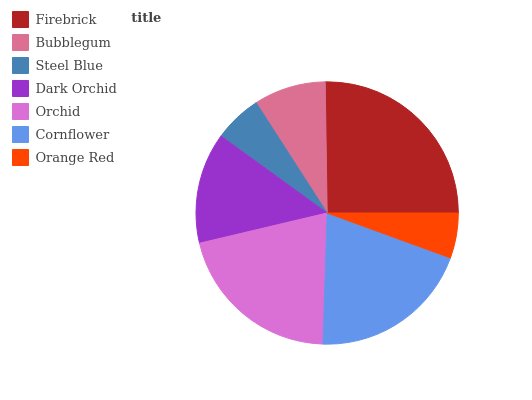
| Firebrick | Bubblegum | Steel Blue | Dark Orchid | Orchid | Cornflower | Orange Red |
 | --- | --- | --- | --- | --- | --- | --- |
 | 25.3% | 8.86% | 5.92% | 13.7% | 20.8% | 19.9% | 5.55% |